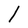
Character: l